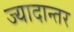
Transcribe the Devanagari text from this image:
ज्यादान्तर